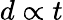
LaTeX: d\propto t